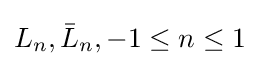
L_{n},{\bar {L}}_{n},-1\leq n\leq 1